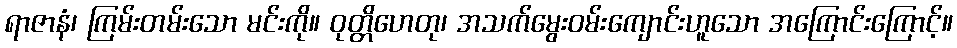
ရာဇာနံ၊ ကြမ်းတမ်းသော မင်းကို။ ဝုတ္တိဟေတု၊ အသက်မွေးဝမ်းကျောင်းဟူသော အကြောင်းကြောင့်။